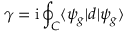
\gamma = \mathrm { i } \oint _ { C } \langle \psi _ { g } | d | { \psi } _ { g } \rangle